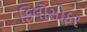
ફિલોસોફર